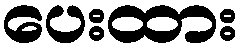
ပေးထား